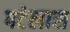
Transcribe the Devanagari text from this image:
पटेलास